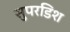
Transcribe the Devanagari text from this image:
सुपरडिश